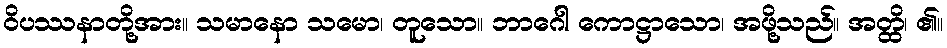
ဝိပဿနာတို့အား။ သမာနော သမော၊ တူသော။ ဘာဂေါ ကောဋ္ဌာသော၊ အဖို့သည်။ အတ္ထိ၊ ၏။